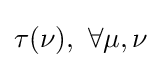
\tau (\nu ),\ \forall \mu ,\nu